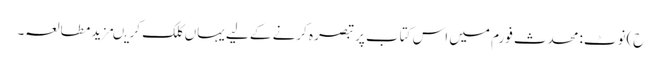
ح)نوٹ:محدث فورم میں اس کتاب پر تبصرہ کرنے کے لیے یہاں کلک کریںمزید مطالعہ۔